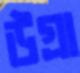
উগ্রা